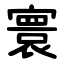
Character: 寰